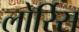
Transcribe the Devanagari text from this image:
लोर्रिस